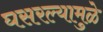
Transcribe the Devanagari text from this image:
घसरल्यामुळे